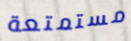
مستمتعة